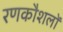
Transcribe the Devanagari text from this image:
रणकौशलों